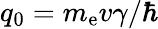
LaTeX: q_{0}=m_{\mathrm{e}}v\gamma/\hbar